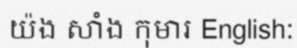
យ៉ង សាំង កុមារ English: